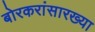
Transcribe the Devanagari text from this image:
बोरकरांसारख्या